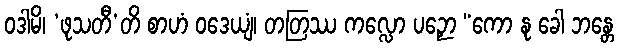
ဝဒါမိ၊ ‘ဖုသတီ’တိ စာဟံ ဝဒေယျံ၊ တတြဿ ကလ္လော ပဉှော “ကော နု ခေါ ဘန္တေ